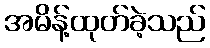
အမိန့်ထုတ်ခဲ့သည်